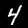
Digit: 4